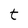
Character: t